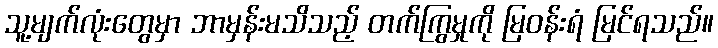
သူ့မျက်လုံးတွေမှာ ဘာမှန်းမသိသည့် တက်ကြွမှုကို မြဝန်းရံ မြင်ရသည်။